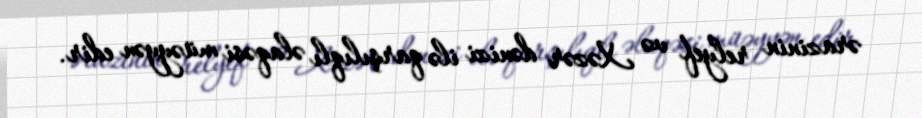
ərazinin relyef və Xəzər dənizi ilə qarşılıqlı əlaqəsi müəyyən edir.